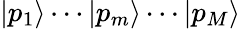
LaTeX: |p_{1}\rangle\cdots|p_{m}\rangle\cdots|p_{M}\rangle